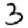
Digit: 3